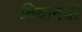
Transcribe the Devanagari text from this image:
तियानची